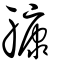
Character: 躿